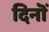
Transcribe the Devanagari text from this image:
दिनॊं